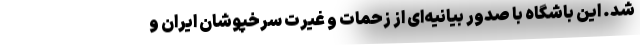
شد. این باشگاه با صدور بیانیه‌ای از زحمات و غیرت سرخپوشان ایران و